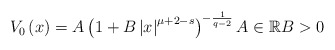
\begin{align*}V_{0}\left( x\right) =A\left( 1+B\left\vert x\right\vert ^{\mu+2-s}\right)^{-\frac{1}{q-2}}A\in\mathbb{R}B>0\end{align*}